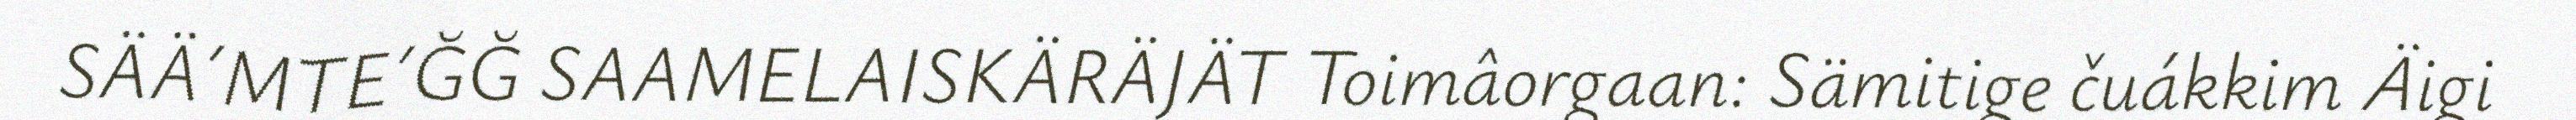
SÄÄ´MTE´ĞĞ SAAMELAISKÄRÄJÄT Toimâorgaan: Sämitige čuákkim Äigi